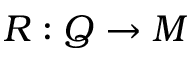
R : Q \to M